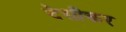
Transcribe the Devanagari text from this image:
देसीकर